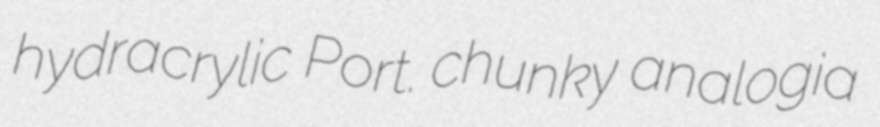
hydracrylic Port. chunky analogia